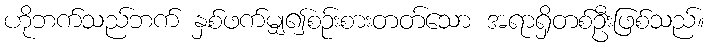
ဟိုဘက်သည်ဘက် နှစ်ဖက်မျှ၍စဉ်းစားတတ်သော အရာရှိတစ်ဦးဖြစ်သည်။